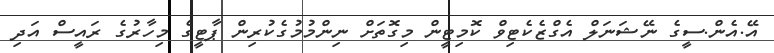
އޭ.އެން.ސީގެ ނޭޝަނަލް އެގްޒެކެޓިވް ކޮމިޓީން މިގޮތަށް ނިންމުމުގެކުރިން ޕާޓީގެ މިހާރުގެ ރައީސް އަދި